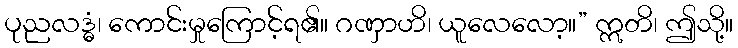
ပုညလဒ္ဓံ၊ ကောင်းမှုကြောင့်ရ၏။ ဂဏှာဟိ၊ ယူလေလော့။” ဣတိ၊ ဤသို့။